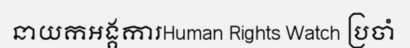
នាយកអង្គការHuman Rights Watch ប្រចាំ